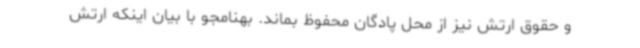
و حقوق ارتش نیز از محل پادگان محفوظ بماند. بهنامجو با بیان اینکه ارتش